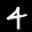
Label: 4